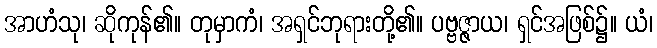
အာဟံသု၊ ဆိုကုန်၏။ တုမှာကံ၊ အရှင်ဘုရားတို့၏။ ပဗ္ဗဇ္ဇာယ၊ ရှင်အဖြစ်၌။ ယံ၊